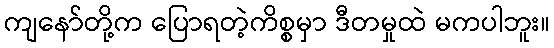
ကျနော်တို့က ပြောရတဲ့ကိစ္စမှာ ဒီတမှုထဲ မကပါဘူး။